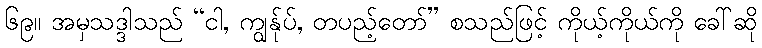
၆၉။ အမှသဒ္ဒါသည် “ငါ, ကျွန်ုပ်, တပည့်တော်” စသည်ဖြင့် ကိုယ့်ကိုယ်ကို ခေါ်ဆို